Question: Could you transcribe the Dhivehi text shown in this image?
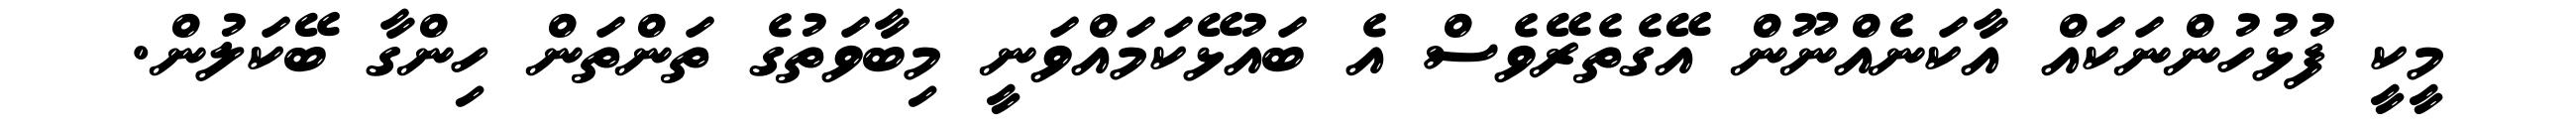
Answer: މީކީ ފުޅުހުންނަކައް އާކަނެއްނޫން އޭގެތެރޭވެސް އެ ބައުޅޭކަމައްވަނީ މިބާވަތުގެ ތަންތަން ހިންގާ ބޭކަލުން.